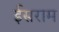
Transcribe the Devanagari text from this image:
ईसराम